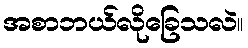
အစာဘယ်လိုခြေသလဲ။